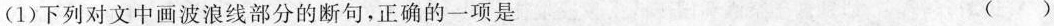
(1)下列对文中画波浪线部分的断句，正确的一项是 ( )